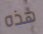
هذه